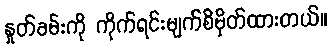
နှုတ်ခမ်းကို ကိုက်ရင်းမျက်စိမှိတ်ထားတယ်။